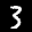
Label: 3